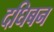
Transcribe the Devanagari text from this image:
दघिबन